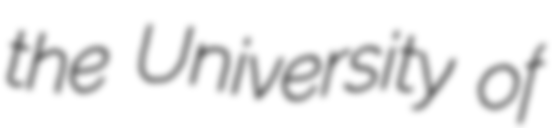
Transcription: the University of